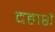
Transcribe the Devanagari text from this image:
दहाशें